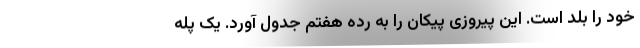
خود را بلد است. این پیروزی پیکان را به رده هفتم جدول آورد. یک پله